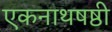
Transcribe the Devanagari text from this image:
एकनाथषष्ठी